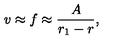
v \approx f \approx \frac { A } { r _ { 1 } - r } ,